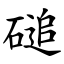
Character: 磓